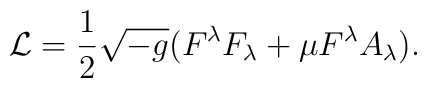
{\cal L}={1\over2}\sqrt{-g}(F^\lambda F_\lambda+\mu F^\lambda A_\lambda).